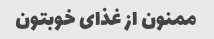
ممنون از غذای خوبتون